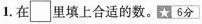
1.在\square 里填上合适的数。6分